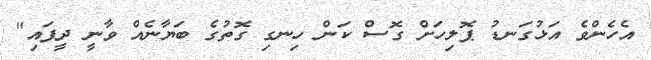
އެހެންވެ އަޅުގަނޑު ޕޮލިހަށް ގޮސް ކަން ހިނގި ގޮތުގެ ބަޔާނެއް ވާނީ ދީފައި"